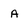
Character: a